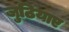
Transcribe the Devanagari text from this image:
जुठियाए